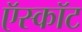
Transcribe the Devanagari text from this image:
ऍस्कॉट